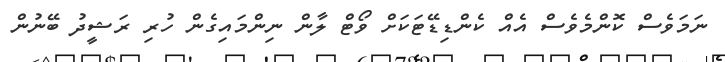
ނަމަވެސް ކޮންމެވެސް އެއް ކެންޑިޑޭޓަކަށް ވޯޓް ލާން ނިންމައިގެން ހުރި ރަޝީދު ބޭނުން